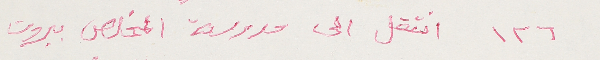
١٢٦ انتقل الى مدرسة المخلص بيروت